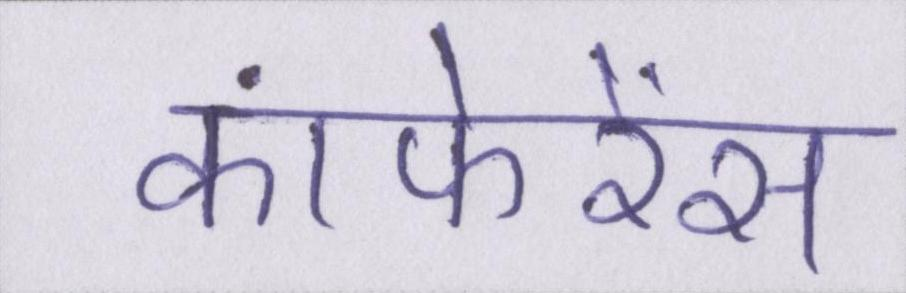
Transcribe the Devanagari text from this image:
कांफेरेंस